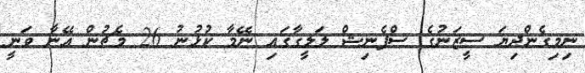
ނިމިގެންދިޔަ ސީޒަނުގެ ސްޕެނިޝް ލަލީގާގައި ނޭމާ ކުޅުނު 26 މެޗުން އޭނާ ވަނީ